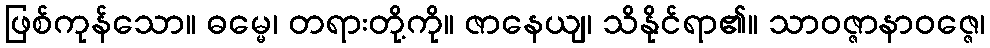
ဖြစ်ကုန်သော။ ဓမ္မေ၊ တရားတို့ကို။ ဇာနေယျ၊ သိနိုင်ရာ၏။ သာဝဇ္ဇာနာဝဇ္ဇေ၊